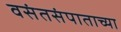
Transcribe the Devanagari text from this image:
वसंतसंपाताच्या